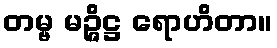
တမ္ဗ မဉ္ဇိဋ္ဌ ရောဟိတာ။